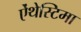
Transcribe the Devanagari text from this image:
ऐंथेस्टिमा